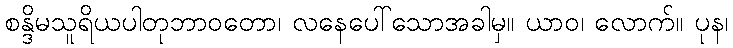
စန္ဒိမသူရိယပါတုဘာဝတော၊ လနေပေါ်သောအခါမှ။ ယာဝ၊ လောက်။ ပုန၊